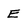
Character: E